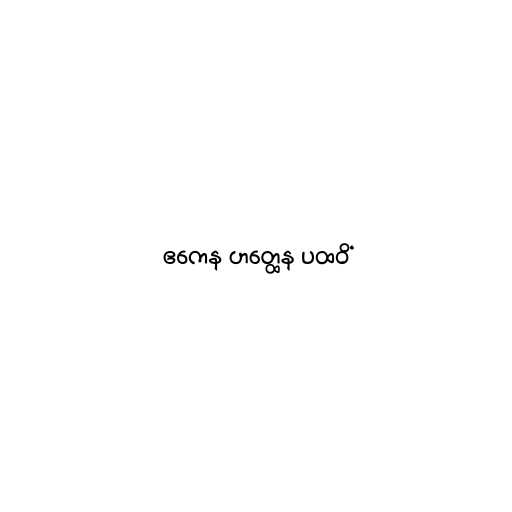
ဧကေန ဟတ္ထေန ပထဝိံ